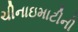
ચીનાઇમાટીની